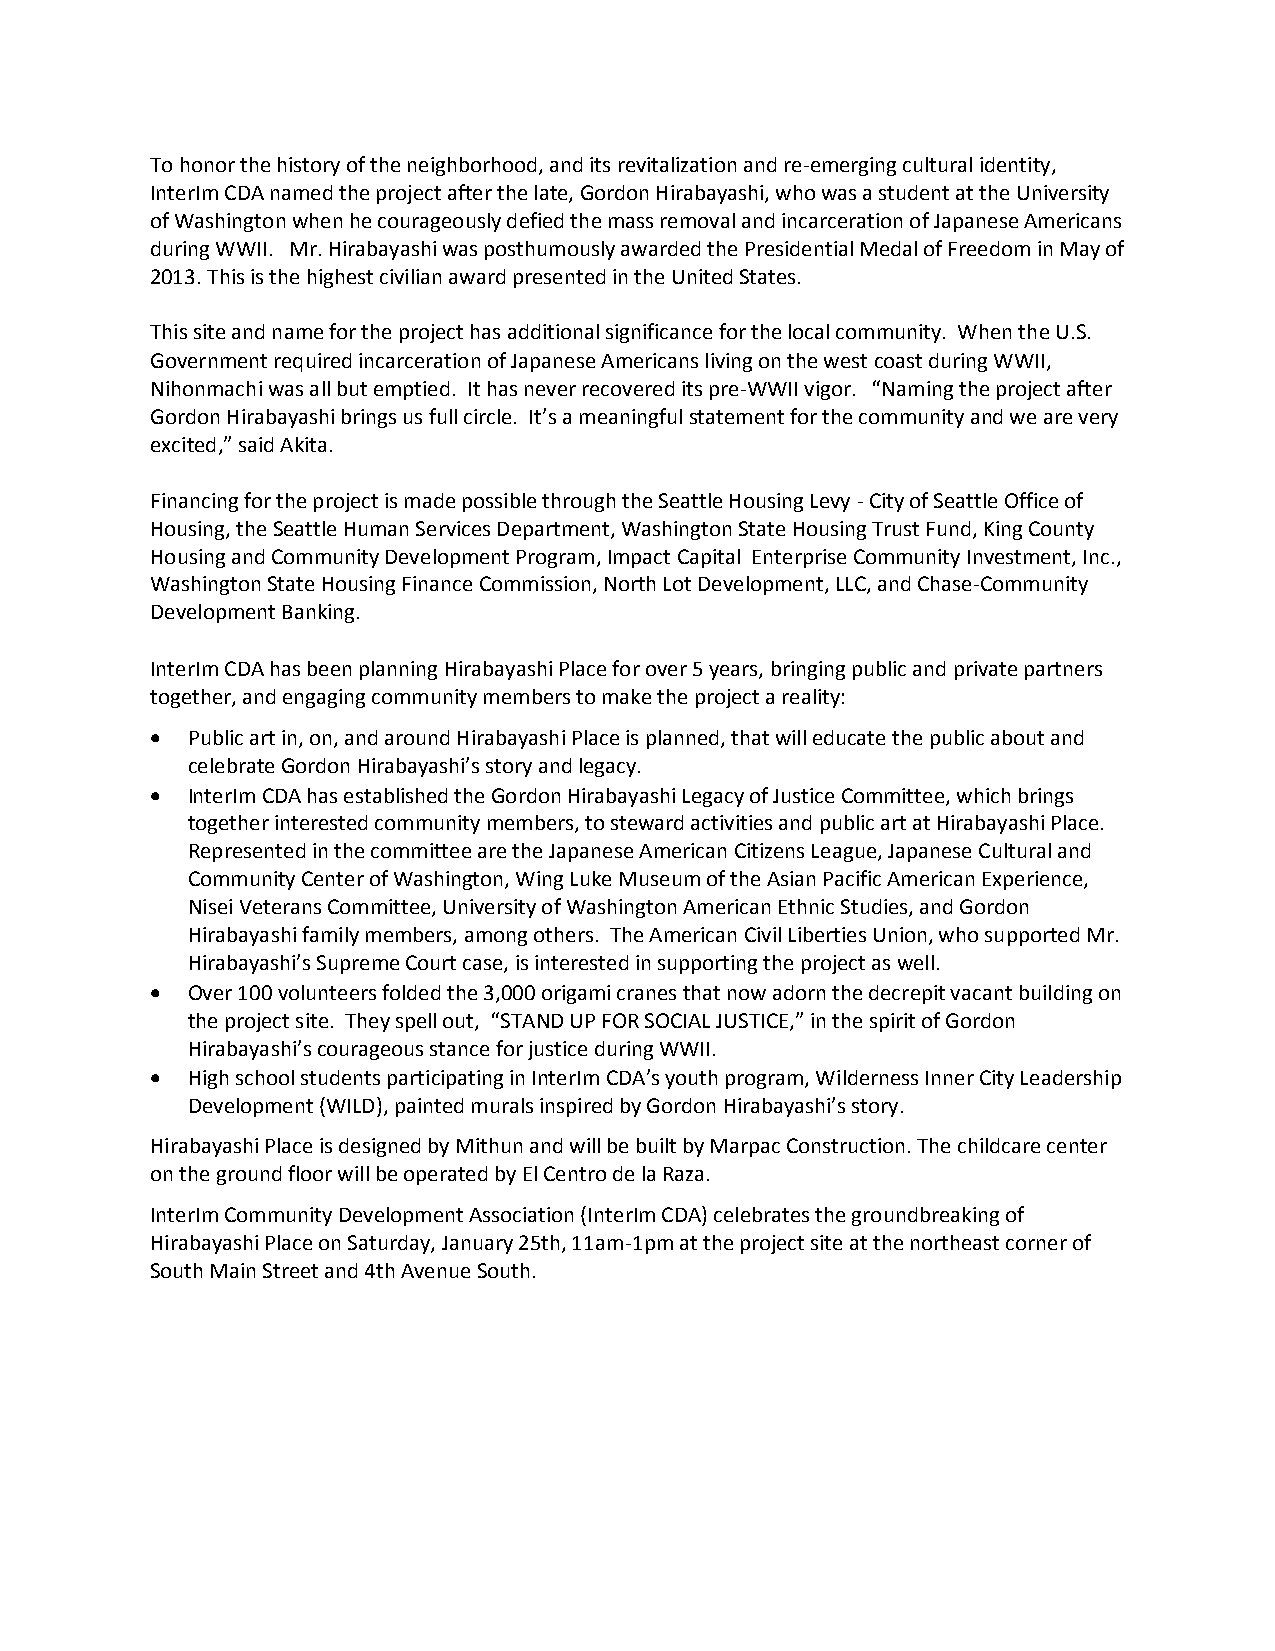
To honor the history of the neighborhood, and its revitalization and re-emerging cultural identity,
 InterIm CDA named the project after the late, Gordon Hirabayashi, who was a student at the University
 of Washington when he courageously defied the mass removal and incarceration of Japanese Americans
 during WWII. Mr. Hirabayashi was posthumously awarded the Presidential Medal of Freedom in May of
 2013. This is the highest civilian award presented in the United States.
 This site and name for the project has additional significance for the local community. When the U.S.
 Government required incarceration of Japanese Americans living on the west coast during WWII,
 Nihonmachi was all but emptied. It has never recovered its pre-WWII vigor. “Naming the project after
 Gordon Hirabayashi brings us full circle. It’s a meaningful statement for the community and we are very
 excited,” said Akita.
 Financing for the project is made possible through the Seattle Housing Levy - City of Seattle Office of
 Housing, the Seattle Human Services Department, Washington State Housing Trust Fund, King County
 Housing and Community Development Program, Impact Capital Enterprise Community Investment, Inc.,
 Washington State Housing Finance Commission, North Lot Development, LLC, and Chase-Community
 Development Banking.
 InterIm CDA has been planning Hirabayashi Place for over 5 years, bringing public and private partners
 together, and engaging community members to make the project a reality:
  Public art in, on, and around Hirabayashi Place is planned, that will educate the public about and
 celebrate Gordon Hirabayashi’s story and legacy.
  InterIm CDA has established the Gordon Hirabayashi Legacy of Justice Committee, which brings
 together interested community members, to steward activities and public art at Hirabayashi Place.
 Represented in the committee are the Japanese American Citizens League, Japanese Cultural and
 Community Center of Washington, Wing Luke Museum of the Asian Pacific American Experience,
 Nisei Veterans Committee, University of Washington American Ethnic Studies, and Gordon
 Hirabayashi family members, among others. The American Civil Liberties Union, who supported Mr.
 Hirabayashi’s Supreme Court case, is interested in supporting the project as well.
  Over 100 volunteers folded the 3,000 origami cranes that now adorn the decrepit vacant building on
 the project site. They spell out, “STAND UP FOR SOCIAL JUSTICE,” in the spirit of Gordon
 Hirabayashi’s courageous stance for justice during WWII.
  High school students participating in InterIm CDA’s youth program, Wilderness Inner City Leadership
 Development (WILD), painted murals inspired by Gordon Hirabayashi’s story.
 Hirabayashi Place is designed by Mithun and will be built by Marpac Construction. The childcare center
 on the ground floor will be operated by El Centro de la Raza.
 InterIm Community Development Association (InterIm CDA) celebrates the groundbreaking of
 Hirabayashi Place on Saturday, January 25th, 11am-1pm at the project site at the northeast corner of
 South Main Street and 4th Avenue South.